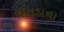
ચામડાના